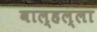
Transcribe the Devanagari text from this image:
वाल्हल्ला